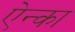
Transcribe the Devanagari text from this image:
ऐन्का